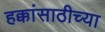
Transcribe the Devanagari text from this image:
हक्कांसाठीच्या